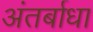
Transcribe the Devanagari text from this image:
अंतर्बाधा